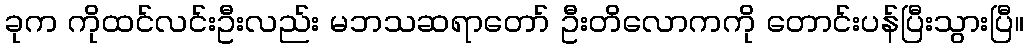
ခုက ကိုထင်လင်းဦးလည်း မဘသဆရာတော် ဦးတိလောကကို တောင်းပန်ပြီးသွားပြီ။